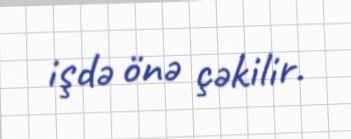
işdə önə çəkilir.